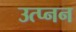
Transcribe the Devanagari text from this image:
उत्प्नन